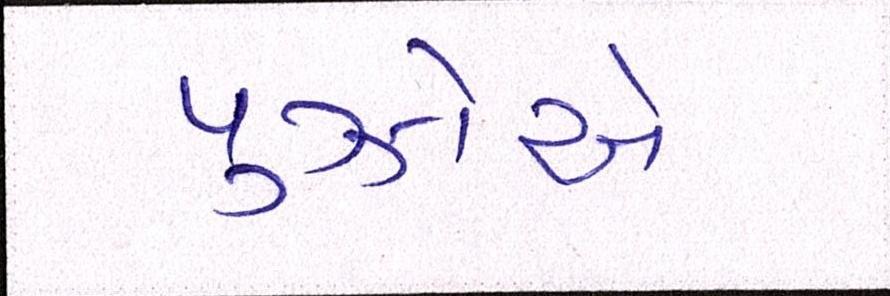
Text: પુઝોએ